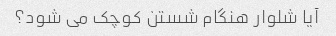
آیا شلوار هنگام شستن کوچک می شود؟